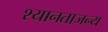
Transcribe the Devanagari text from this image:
श्यानताजन्य